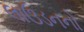
લાઉડનનો